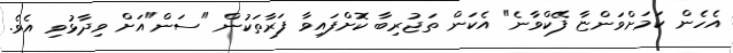
އެހެން ކަމަށްވަންޏާ ފޭކްވާނެ" އެކަން ތަޖުރިބާ ކޮށްފައިވާ ފަރާތަކުން "ސަން"އަށް ވިދާޅުވި އެވެ.